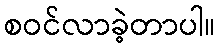
စဝင်လာခဲ့တာပါ။